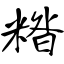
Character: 糌